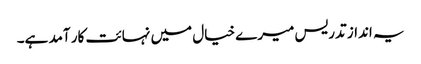
یہ انداز تدریس میرے خیال میں نہائت کار آمد ہے۔